Vaccination report Assam 1896-1927 - 1896-1927
Year: 1896
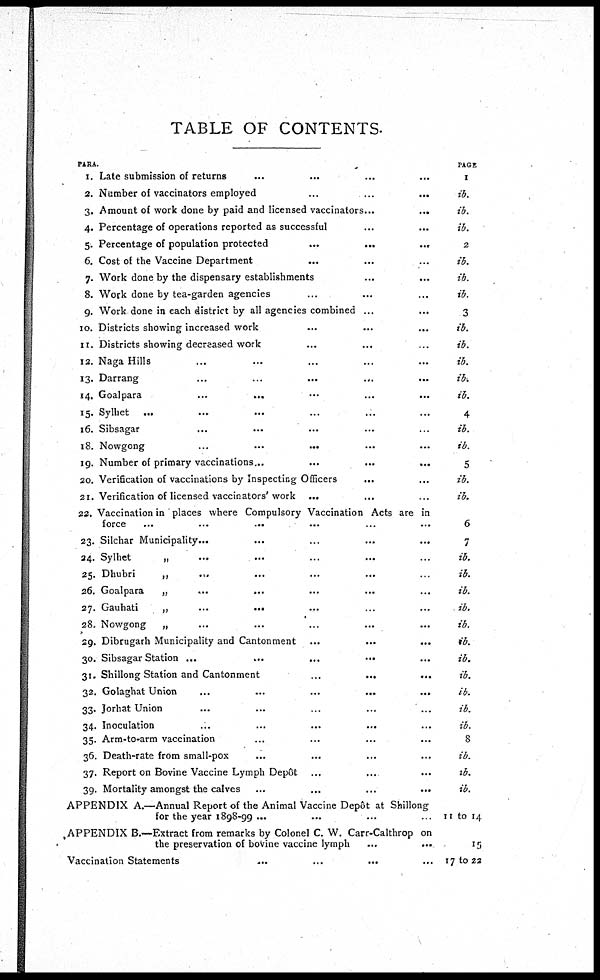
TABLE OF CONTENTS.
PARA
1.
2.
3.
4.
5.
6.
7.
8.
9.
10.
11.
12.
13.
14.
15.
16.
18.
19.
20.
21.
22.
23.
24.
25.
26.
27.
28.
29.
30.
31.
32.
33.
34.
35.
36.
37.
39.
Late submission of returns... ... ...
Number of vaccinators
employed...
...
...
Amount of work done by paid and licensed vaccinators... ... ... ...
Percentage of operations reported as successful... ...
Percentage of population
protected...
...
...
Cost of the Vaccine
Department... ... ...
Work done by the dispensary establishments... ... ...
Work done by tea-garden agencies... ... ...
Work done in each district by all agencies combined... ...
Districts showing increased work... ...
Districts showing decreased work... ...
Naga Hills...
Darrang...
Goalpara...
Sylhet...
Sibsagar...
...
...
...
Nowgong...
...
...
Number of primary vaccinations... ...
Verification of vaccinations by Inspecting Officers... ... ...
Verification of licensed vaccinators' work... ...
Vaccination in places where Compulsory Vaccination Acts are in
force...
...
...
...
...
Silchar Municipality... ...
Sylhet
„
...
...
...
...
Dhubri
„
...
Goalpara
„ ... ... ... ...
Gauhati
„
...
...
...
...
Nowgong
„ ... ... ...
Dibrugarh Municipality and Cantonment ... ...
Sibsagar Station ...
Shillong Station and Cantonment
...
...
...
Golaghat
Union...
...
...
...
...
Jorhat Union...
Inoculation...
Arm-to-arm vaccination...
Death-rate from small-pox...
Report on Bovine Vaccine Lymph Depôt...
Mortality amongst the
calves...
...
...
...
APPENDIX A.—Annual Report of the Animal Vaccine Depôt at Shillong
for the year 1898-99 ...
APPENDIX B.—Extract from remarks by Colonel C. W. Carr-Calthrop on
the preservation of bovine vaccine lymph...
...
Vaccination Statements...
PAGE
1
ib.
ib.
ib.
2
ib.
ib.
ib.
3
ib.
ib.
ib.
ib.
ib.
4
ib.
ib.
5
ib.
ib.
6
7
ib.
ib.
ib.
ib.
ib.
ib.
ib.
ib.
ib.
ib.
ib.
8
ib.
ib.
ib.
11 to 14
15
17 to 22